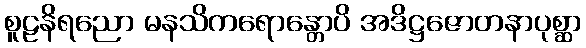
စူဠနိရညော မနသိကရောန္တောပိ အဒိဋ္ဌဇောတနာပုစ္ဆာ